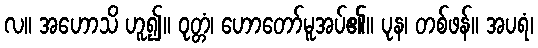
လ။ အဟောသိ ဟူ၍။ ဝုတ္တံ၊ ဟောတော်မူအပ်၏။ ပုန၊ တစ်ဖန်။ အပရံ၊